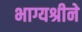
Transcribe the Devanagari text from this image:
भाग्यश्रीने